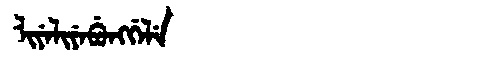
Manchu: ᠯᡳᠶᡝᠯᡳᠶᡝᠪᡠᠩᡤᡝᠯᡝ
Romanization: LIYELIYEBUNGGELE